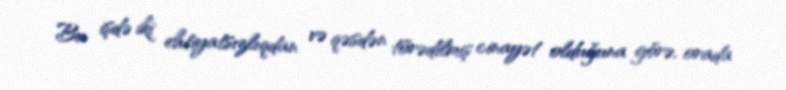
Bu işdə iki ehtiyatsızlıqdan və qəsdən törədilmiş cinayət olduğuna görə, orada